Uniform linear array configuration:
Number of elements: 8
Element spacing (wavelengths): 1
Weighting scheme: uniform
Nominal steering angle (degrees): -30
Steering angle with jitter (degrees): -31.573
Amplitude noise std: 0.05
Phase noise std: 0.05

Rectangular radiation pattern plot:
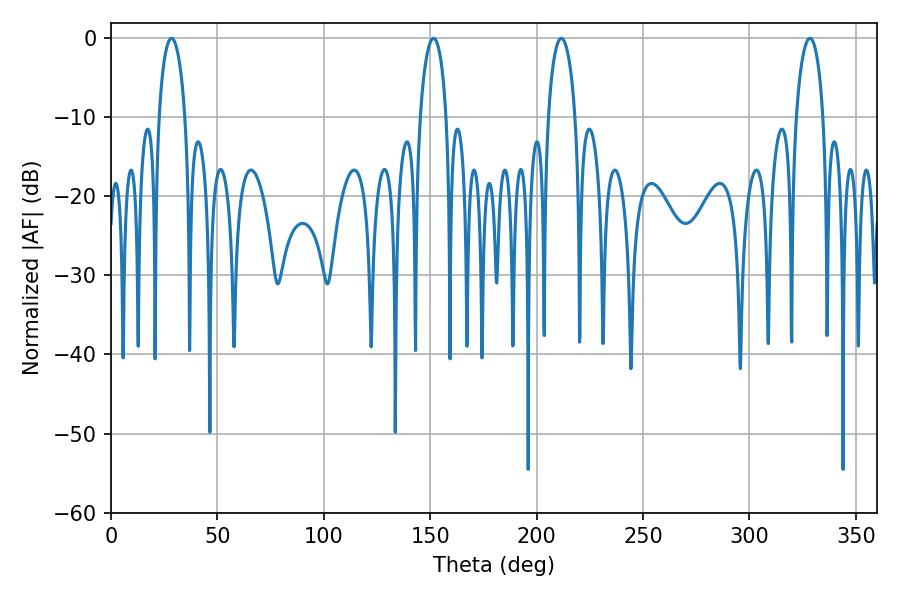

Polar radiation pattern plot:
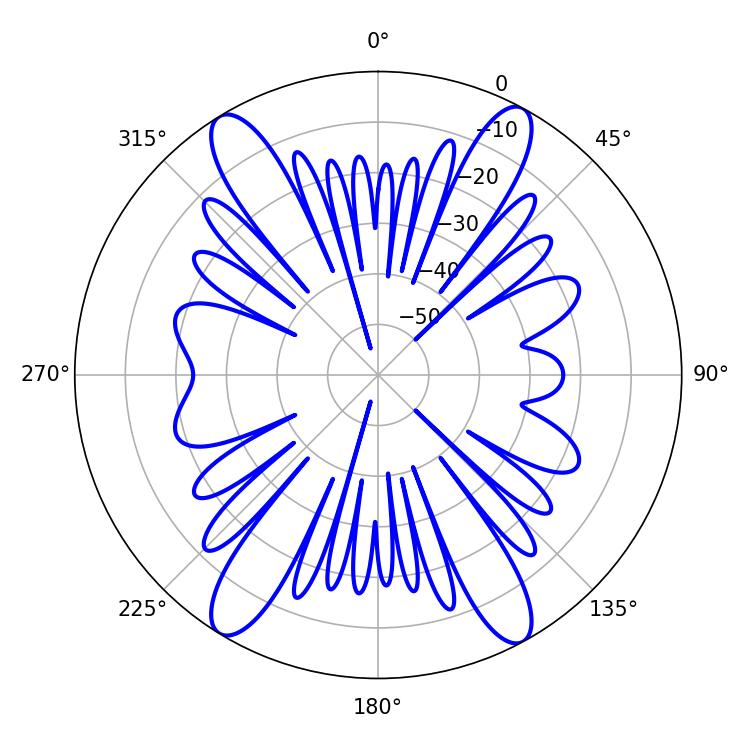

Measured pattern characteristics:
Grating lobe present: TRUE
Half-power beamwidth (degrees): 7.02
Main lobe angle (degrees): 28.44